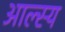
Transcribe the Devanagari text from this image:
आल्स्य